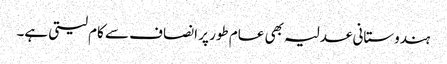
ہندوستانی عدلیہ بھی عام طور پر انصاف سے کام لیتی ہے۔